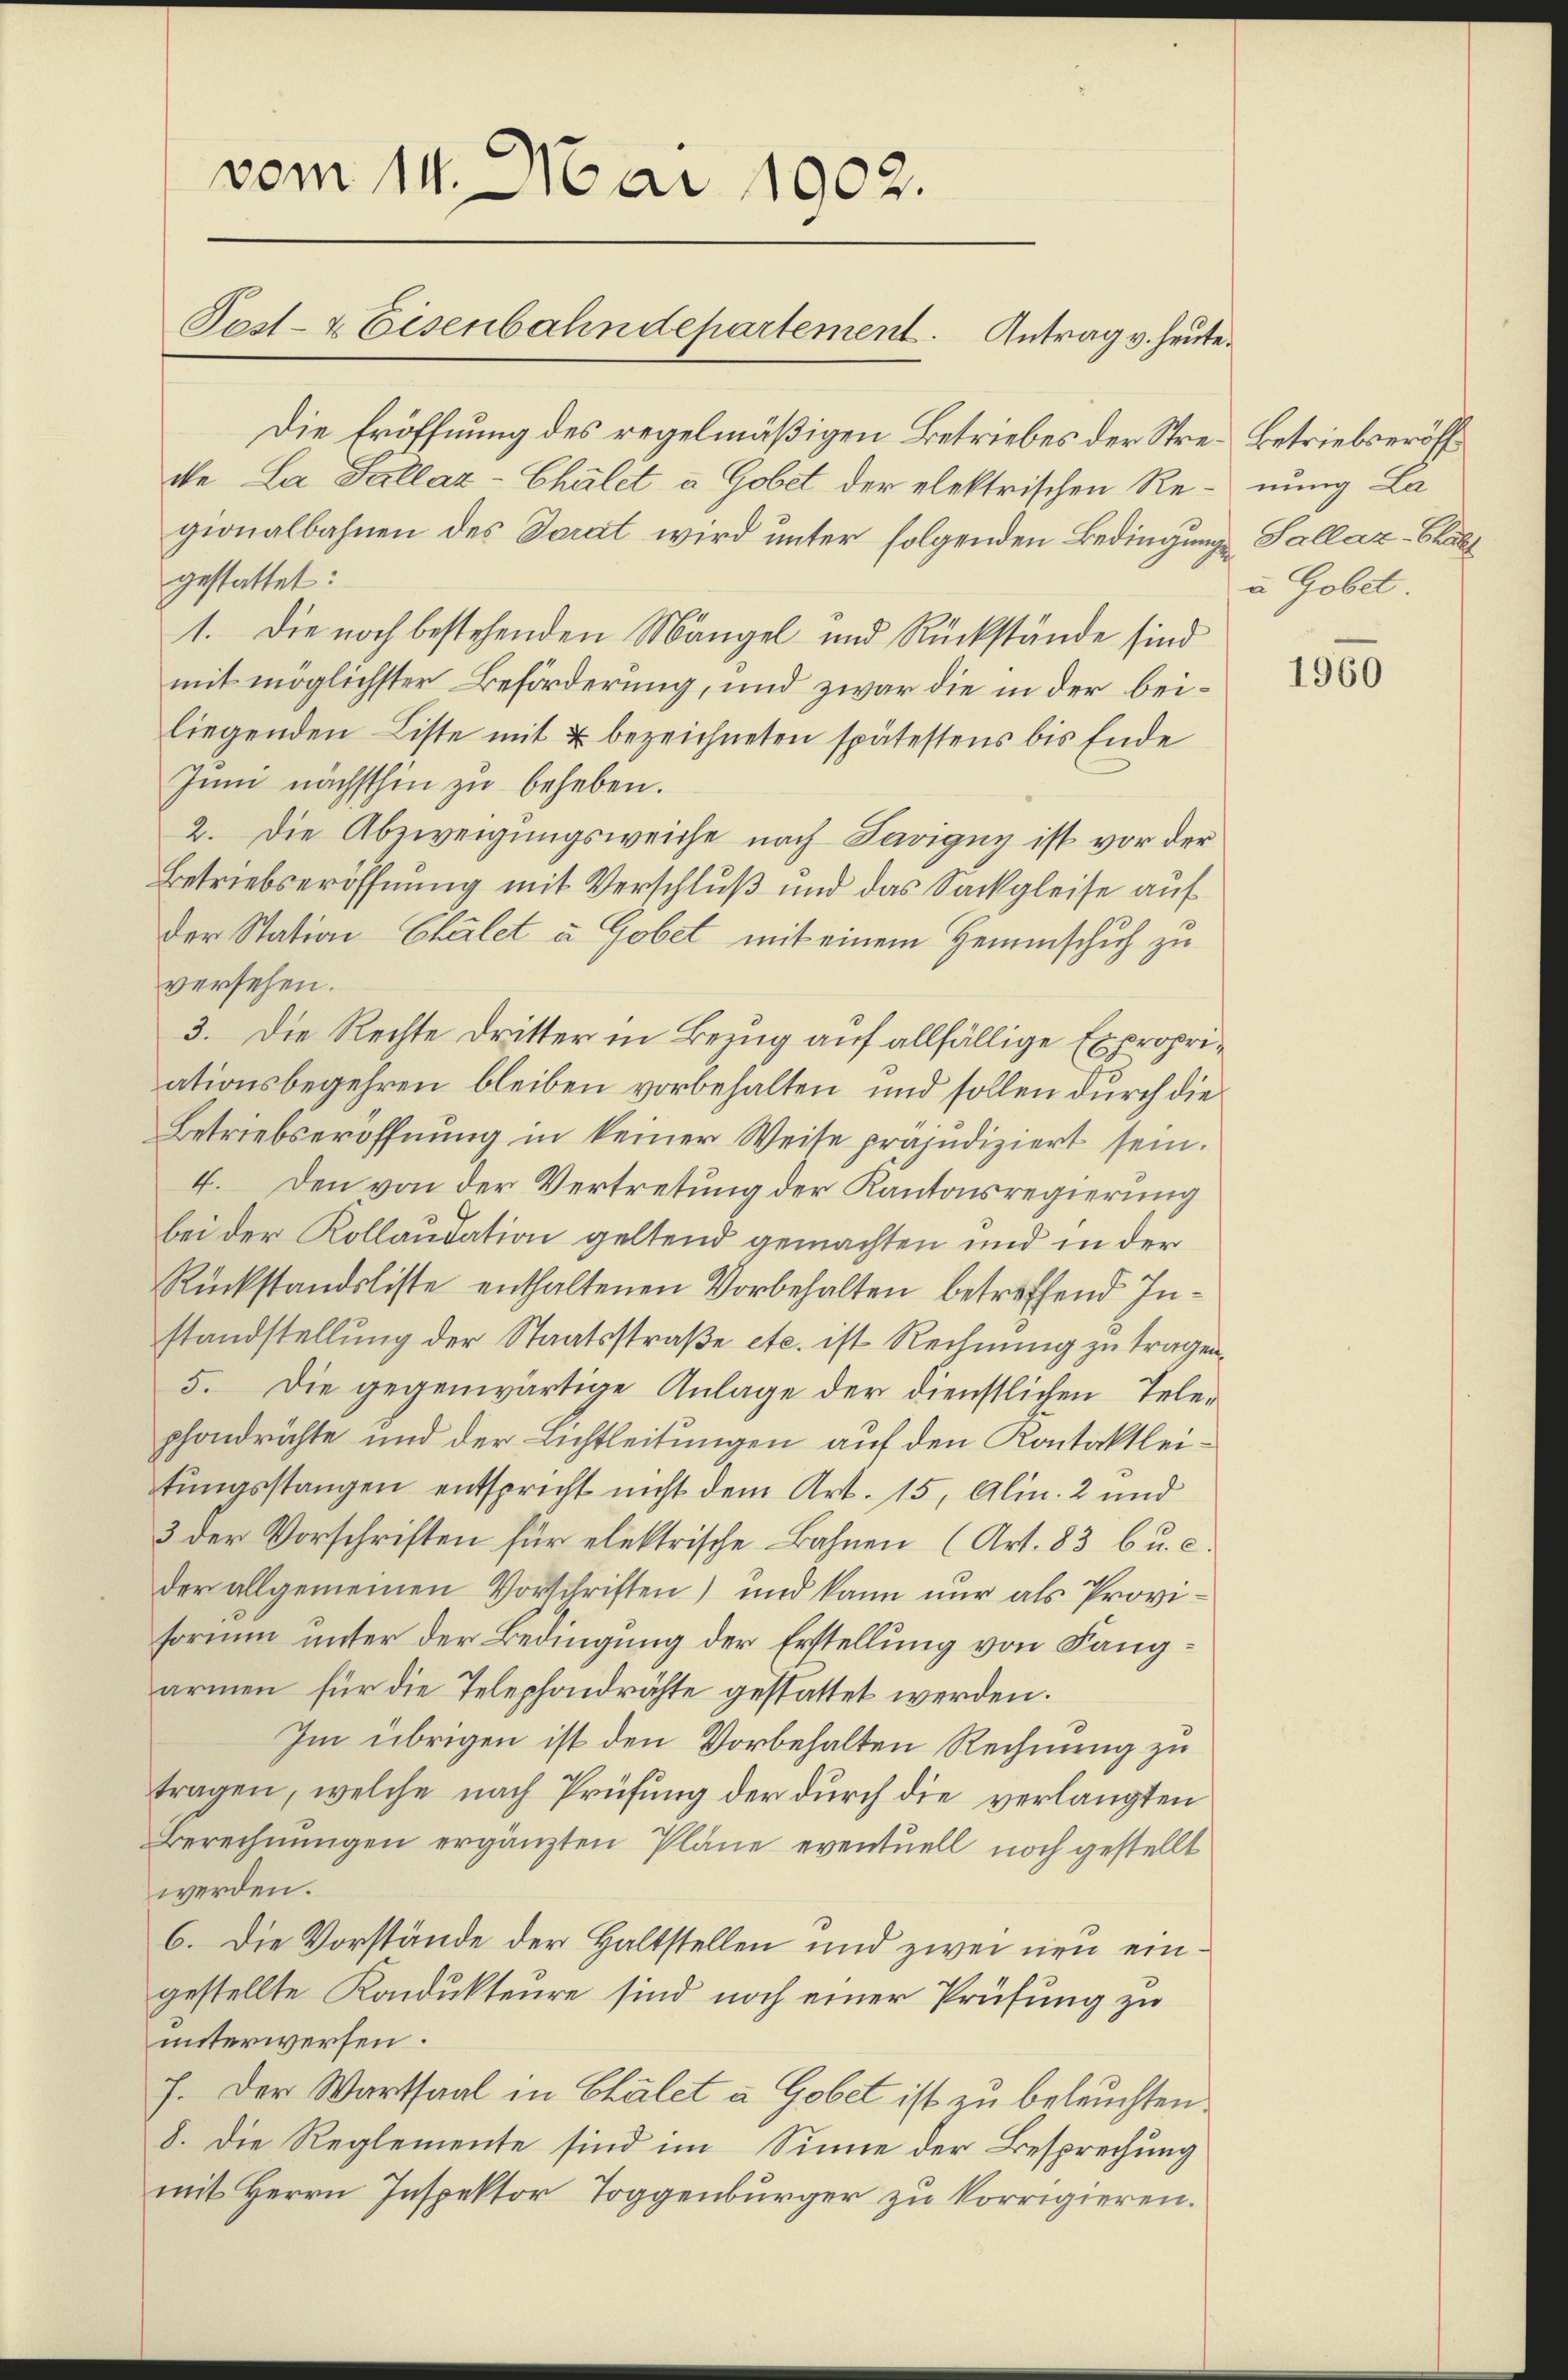
vom 14. Mai 1902.
Pest- & Eisenbahndepartement. Antrag v. heute.

Die Eröffnung des regelmäßigen Betriebes der Stre. Betriebseröff
de La Sallaz-Chalet a Gobet der elektrischen Re-nung La
gionalbahnen des Sarat wird unter folgenden Bedingungs-Sallaz-Chall
gestattet:
1. Die noch bestehenden Mängel und Rückstände sind
mit möglichster Beförderung, und zwar die in der beiliegenden Liste mit u bezeichneten spätestens bis Ende
Juni nächsthin zu beheben.
2. Die Abzweigungsweiche nach Savigny ist vor der
Betriebseröffnung mit Verschluß und das Sackgleise auf
der Station Chalet u Gobet, mit einem Hemmschuh zu
versehen.
3. Die Rechte Dritter in Bezug auf allfällige Expropriationsbegehren bleiben vorbehalten, und sollen durch die
Betriebseröffnung in keiner Weise präjudiziert sein.
4. Den von der Vertretung der Kantonsregierung
bei der Kollaudation geltend gemachten und in der
Rückstandsliste enthaltenen Vorbehalten betreffend Instandstellung der Staatsstraße etc. ist Rechnung zu tragen.
5. Die gegenwärtige Anlage der dienstlichen Telephondrähte und der Lichtleitungen auf den Kontaktleitungsstangen entspricht nicht dem Art. 15, Alin. 2 und
3 der Vorschriften für elektrische Bahnen (Art. 83 6 u. c.
der allgemeinen Vorschriften) und kann nur als Proviformen unter der Bedingung der Erstellung von Fangarmen für die Telephondrähte gestattet werden.
Im übrigen ist den Vorbehalten Rechnung zu
tragen, welche nach Prüfung der durch die verlangten
Berechnungen ergänzten Pläne eventuell noch gestellt
werden.
6. Die Vorstände der Haltstellen und zwei neu eingestellte Kondukteure sind noch einer Prüfung zu
unterwerfen.
f. Der Wartsaal in Chalet à Gobet ist zu beleuchten.
8. Die Reglemente sind im Sinne der Besprechung
mit Herrn Inspektor Toggenbürger zu korrigieren.

a Gobet.

1960